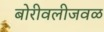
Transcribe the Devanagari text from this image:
बोरीवलीजवळ